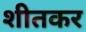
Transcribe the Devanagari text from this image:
शीतकर